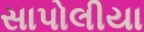
સાપોલીયા